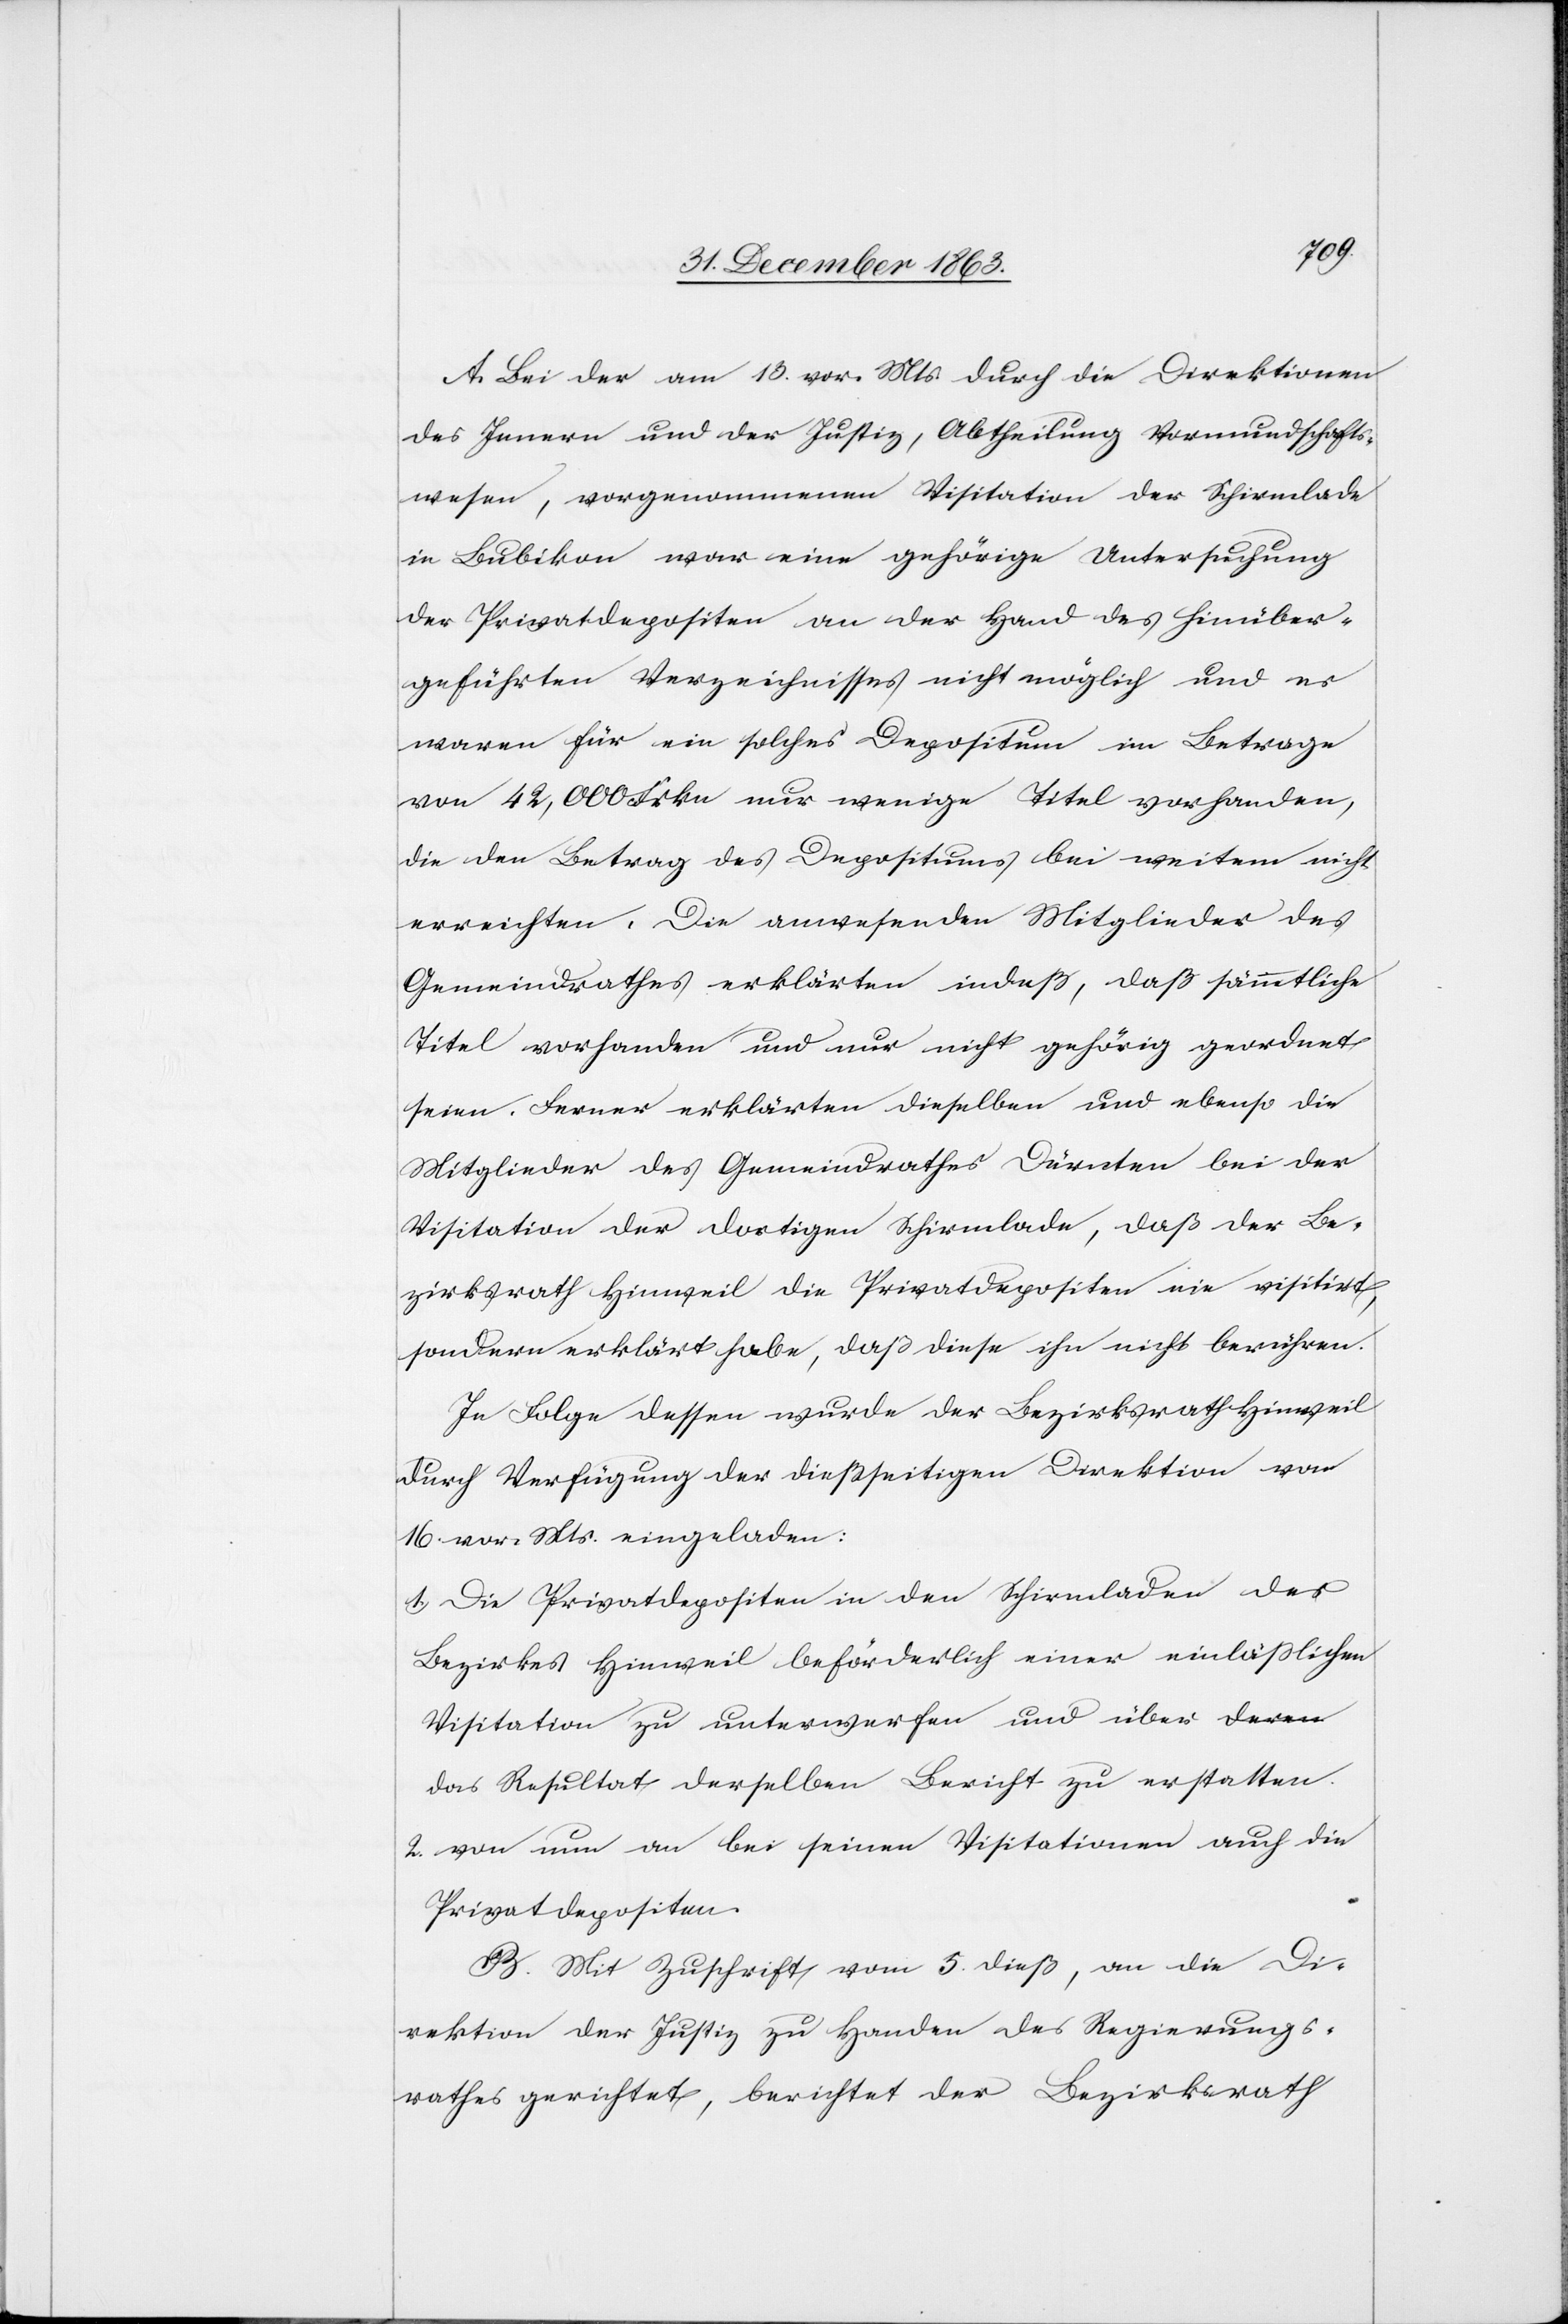
A. Bei der am 13. vor. Mts. durch die Direktionen
des Innern und der Justiz, Abtheilung Vormundschafts¬
wesen, vorgenommenen Visitation der Schirmlade
in Bubikon war eine gehörige Untersuchung
der Privatdepositen an der Hand des hinüber¬
geführten Verzeichnisses nicht möglich und es
waren für ein solches Depositum im Betrage
von 42,000 Frkn nur wenige Titel vorhanden,
die den Betrag des Depositums bei weitem nicht
erreichten. Die anwesenden Mitglieder des
Gemeindrathes erklärten indeß, daß sämmtliche
Titel vorhanden und nur nicht gehörig geordnet
seien. Ferner erklärten dieselben und ebenso die
Mitglieder des Gemeindrathes Dürnten bei der
Visitation der dortigen Schirmlade, das der Be¬
zirksrath Hinweil die Privatdepositen nie visitirt,
sondern erklärt habe, das diese ihn nicht berühren.
In Folge dessen wurde der Bezirksrath Hinweil
durch Verfügung der dießseitigen Direktion vom
16. vor. Mts. eingeladen:
1. Die Privatdepositen in den Schirmladen des
Bezirkes Hinweil beförderlich einer einlässlichen
Visitation zu unterwerfen und über d¬
as Resultat derselben Bericht zu erstatten.
2. von nun an bei seinen Visitationen auch die
Privatdepositen.
B. Mit Zuschrift vom 5. dieß, an die Di¬
rektion der Justiz zu Handen des Regierungs¬
rathes gerichtet, berichtet der Bezirksrath